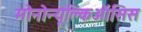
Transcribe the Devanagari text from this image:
मोनोन्यूक्लिऑसिस